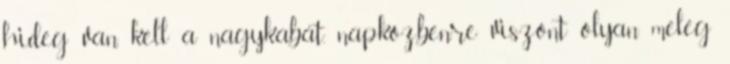
hideg van, kell a nagykabát, napközbenre viszont olyan meleg